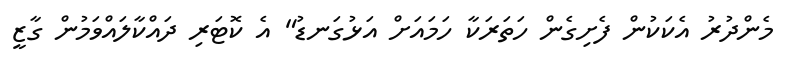
މެންދުރު އެކަކުން ފެށިގެން ހަތަރަކާ ހަމައަށް އަޅުގަނޑު" އެ ކޮޓަރި ދައްކާލައްވަމުން ގާޒީ